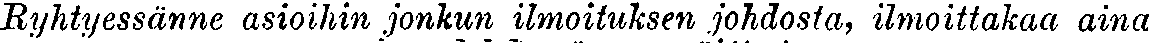
Ryhtyessänne asioihin jonkun ilmoituksen johdosta, ilmoittakaa aina